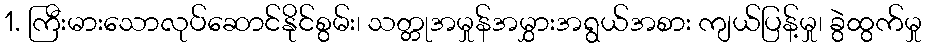
1. ကြီးမားသောလုပ်ဆောင်နိုင်စွမ်း၊ သတ္တုအမှုန်အမွှားအရွယ်အစား ကျယ်ပြန့်မှု၊ ခွဲထွက်မှု